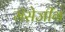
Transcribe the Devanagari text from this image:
मॅसेजींग